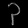
Digit: ၃